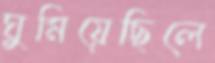
ঘুমিয়েছিলে